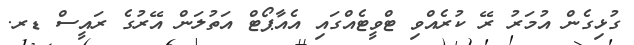
ގުޅިގެން އުމަރު ރޭ ކުރެއްވި ޓްވީޓެއްގައި އެއާޕޯޓް އަތުލަން އޭރުގެ ރައީސް ޑރ.